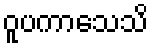
ဝူပကာသေသိ